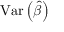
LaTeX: \operatorname { V a r } \left( { \widehat { \beta } } \right)